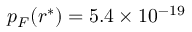
p _ { F } ( r ^ { * } ) = 5 . 4 \times 1 0 ^ { - 1 9 }